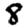
Digit: 8